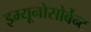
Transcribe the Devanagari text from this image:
इम्यूनोसोर्बेन्ट